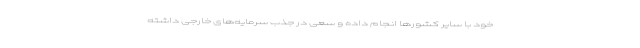
خود با سایر کشورها انجام داده و سعی در جذب سرمایه‌های خارجی داشته